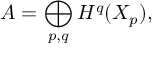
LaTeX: A = \bigoplus _ { p , q } H ^ { q } ( X _ { p } ) ,